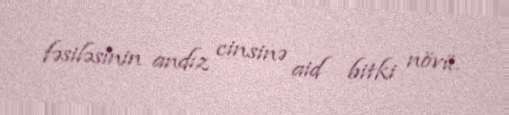
fəsiləsinin andız cinsinə aid bitki növü.